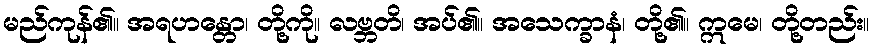
မည်ကုန်၏။ အရဟန္တော၊ တို့ကို။ လဗ္ဘတိ၊ အပ်၏။ အသေက္ခာနံ၊ တို့၏။ ဣမေ၊ တို့တည်း။